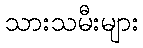
သားသမီးများ